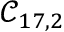
\mathcal { C } _ { 1 7 , 2 }